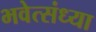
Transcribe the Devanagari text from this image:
भवेत्संध्या